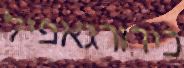
כירורגאפיל